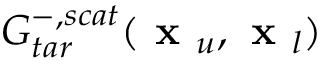
G _ { t a r } ^ { - , s c a t } ( \textbf { x } _ { u } , \textbf { x } _ { l } )